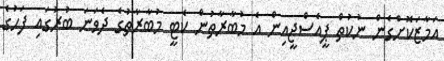
އަމާޒަކޮށްގެން ނުކުތް ޕީއެސްޖީއިން އެ މުބާރާތުން ކެޓީ މުބާރާތުގެ ދެވަނަ ބުރުގައި ފަހުގެ